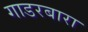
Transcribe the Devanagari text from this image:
गाडरबारा